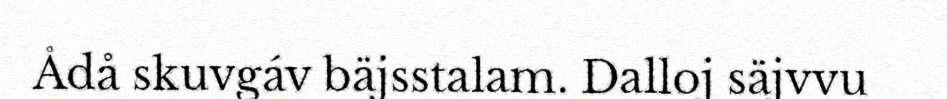
Ådå skuvgáv bäjsstalam. Dalloj säjvvu